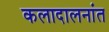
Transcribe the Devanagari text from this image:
कलादालनांत